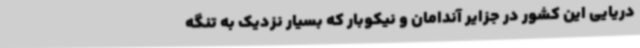
دریایی این کشور در جزایر آندامان و نیکوبار که بسیار نزدیک به تنگه